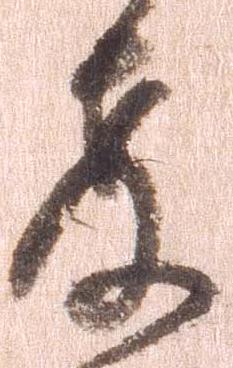
教